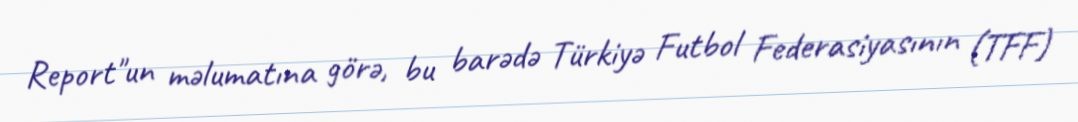
Report"un məlumatına görə, bu barədə Türkiyə Futbol Federasiyasının (TFF)